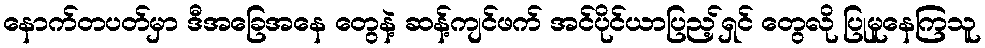
နောက်တပတ်မှာ ဒီအခြေအနေ တွေနဲ့ ဆန့်ကျင်ဖက် အင်ပိုင်ယာပြည့်ရှင် တွေလို ပြုမူနေကြသူ